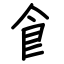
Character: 𩙿